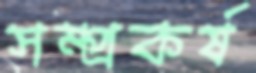
সম্প্রকর্ষ